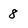
Character: 8